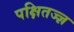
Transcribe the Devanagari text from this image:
पक्षितज्‍ज्ञ